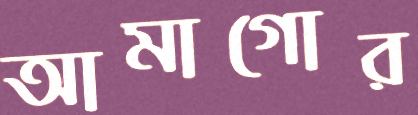
আমাগোর